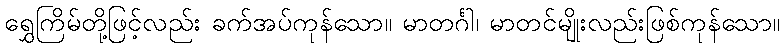
ရွှေကြိမ်တို့ဖြင့်လည်း ခက်အပ်ကုန်သော။ မာတင်္ဂါ၊ မာတင်မျိုးလည်းဖြစ်ကုန်သော။